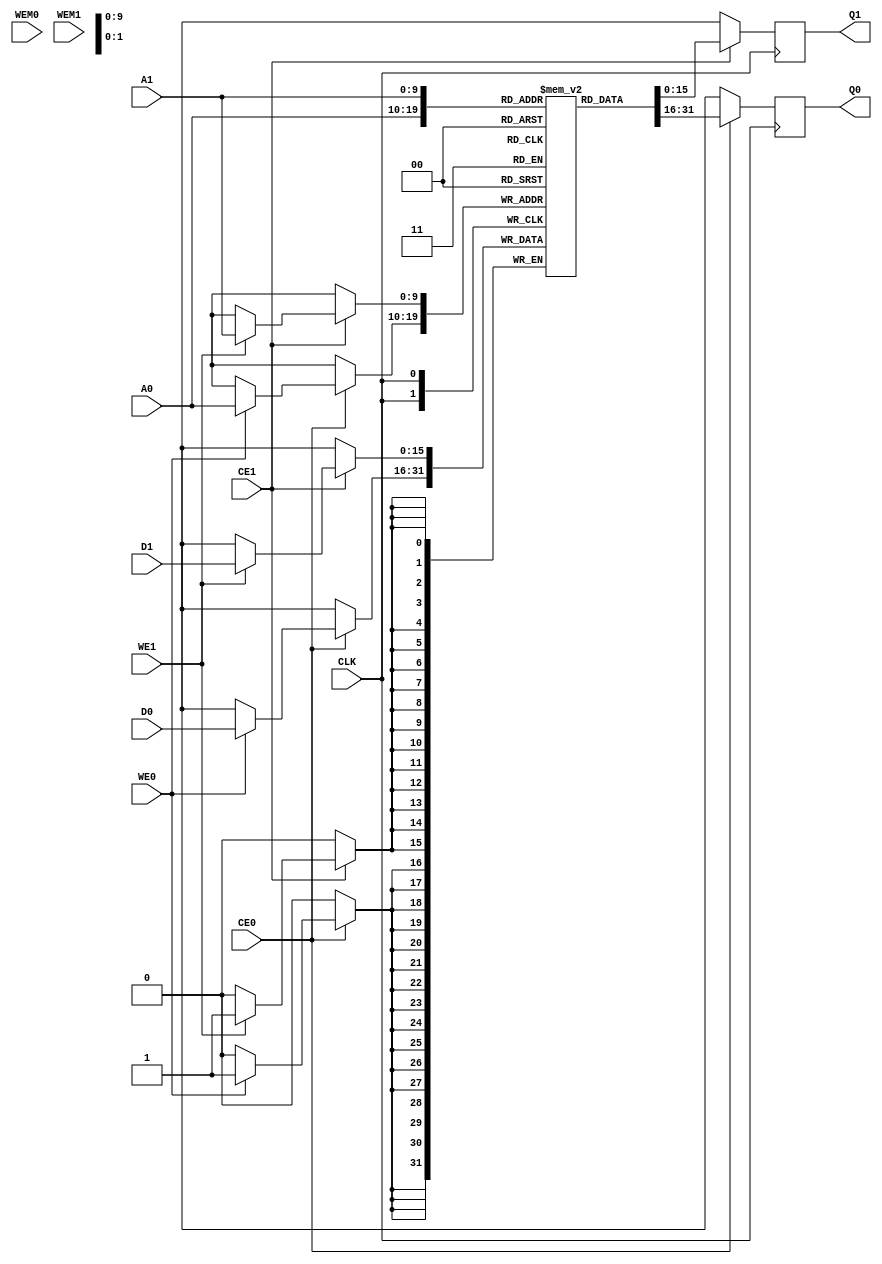
module SRAM2S_1024X16(
	input CLK,
	
	input CE0,
	input[9:0] A0,
	input[15:0] D0,
	input WE0,
	input [15:0] WEM0,
	output reg[15:0] Q0,
	
	input CE1,
	input[9:0] A1,
	input[15:0] D1,
	input WE1,
	input [15:0] WEM1,
	output reg[15:0] Q1
	);
	
	reg[15:0] mem[0:1023];
	
	always @(posedge CLK) begin
		if(CE0) begin
			Q0 <= mem[A0];
			if(WE0)
				mem[A0] <= D0;
		end
		else
			Q0 <= 16'hxxxx;
	end
	
	always @(posedge CLK) begin
		if(CE1) begin
			Q1 <= mem[A1];
			if(WE1)
				mem[A1] <= D1;
		end
		else
			Q1 <= 16'hxxxx;
	end
	
endmodule